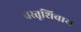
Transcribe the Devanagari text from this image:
वस्तूशिवाय